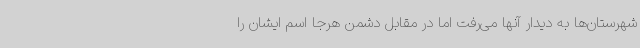
شهرستان‌ها به دیدار آنها می‌رفت اما در مقابل دشمن هرجا اسم ایشان را